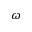
\omega